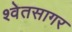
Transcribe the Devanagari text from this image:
श्वेतसागर